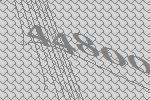
44800